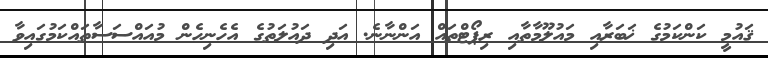
ޤައުމީ ކަންކަމުގެ ޚަބަރާއި މައުލޫމާތާއި ރިޕޯޓްތައް އަންނާނެ. އަދި ދައުލަތުގެ އެހެނިހެން މުއައްސަސާތައްކަމުގައިވާ